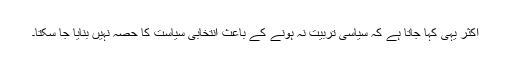
اکثر یہی کہا جاتا ہے کہ سیاسی تربیت نہ ہونے کے باعث انتخابی سیاست کا حصہ نہیں بنایا جا سکتا۔